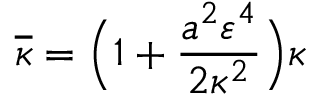
\overline { { \kappa } } = \Bigl ( 1 + \frac { a ^ { 2 } \varepsilon ^ { 4 } } { 2 \kappa ^ { 2 } } \Bigr ) \kappa